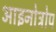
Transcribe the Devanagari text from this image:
आइनोट्रोप